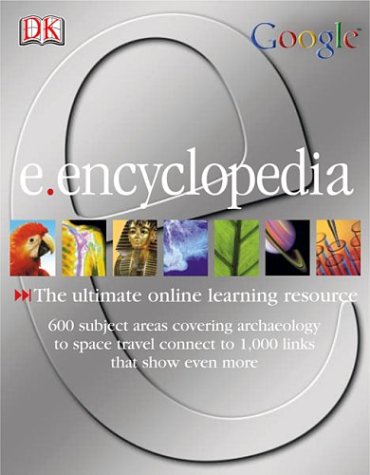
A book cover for e.encyclopedia; DK Publishing; Children's Books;